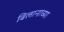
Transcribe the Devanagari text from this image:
बिलानाच्या